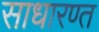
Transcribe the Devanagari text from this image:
साधारण्त